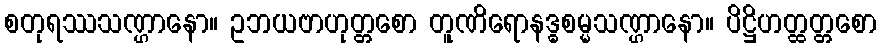
စတုရဿသဏ္ဌာနော။ ဥဘယဗာဟုတ္တစော တူဏိရောနဒ္ဓစမ္မသဏ္ဌာနော။ ပိဋ္ဌိဟတ္ထတ္တစော